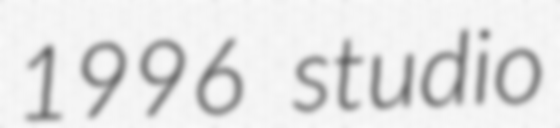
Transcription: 1996 studio